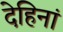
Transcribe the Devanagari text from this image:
देहिनां